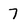
Character: 7